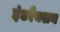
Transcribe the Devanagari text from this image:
इंटरैक्शन